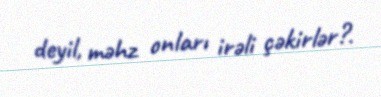
deyil, məhz onları irəli çəkirlər?.